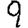
Digit: 9